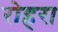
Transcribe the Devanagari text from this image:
रोहरा